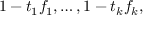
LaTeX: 1 - t _ { 1 } f _ { 1 } , \ldots , 1 - t _ { k } f _ { k } ,